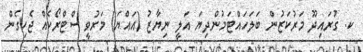
ކ. ގުރައިދޫ މަރުކަޒުން ބަލަހައްޓަމުންދިޔަ އަލީ ނިޔާޒު (އައްޔަ) މަރުވީ ސްޓްރޯކެއް ޖެހިގެން